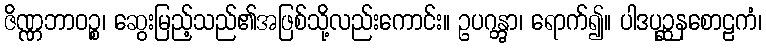
ဇိဏ္ဏဘာဝဉ္စ၊ ဆွေးမြည့်သည်၏အဖြစ်သို့လည်းကောင်း။ ဥပဂန္တွာ၊ ရောက်၍။ ပါဒပုဉ္ဆနစောဠကံ၊